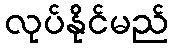
လုပ်နိုင်မည်